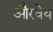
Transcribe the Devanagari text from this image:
औरवेय